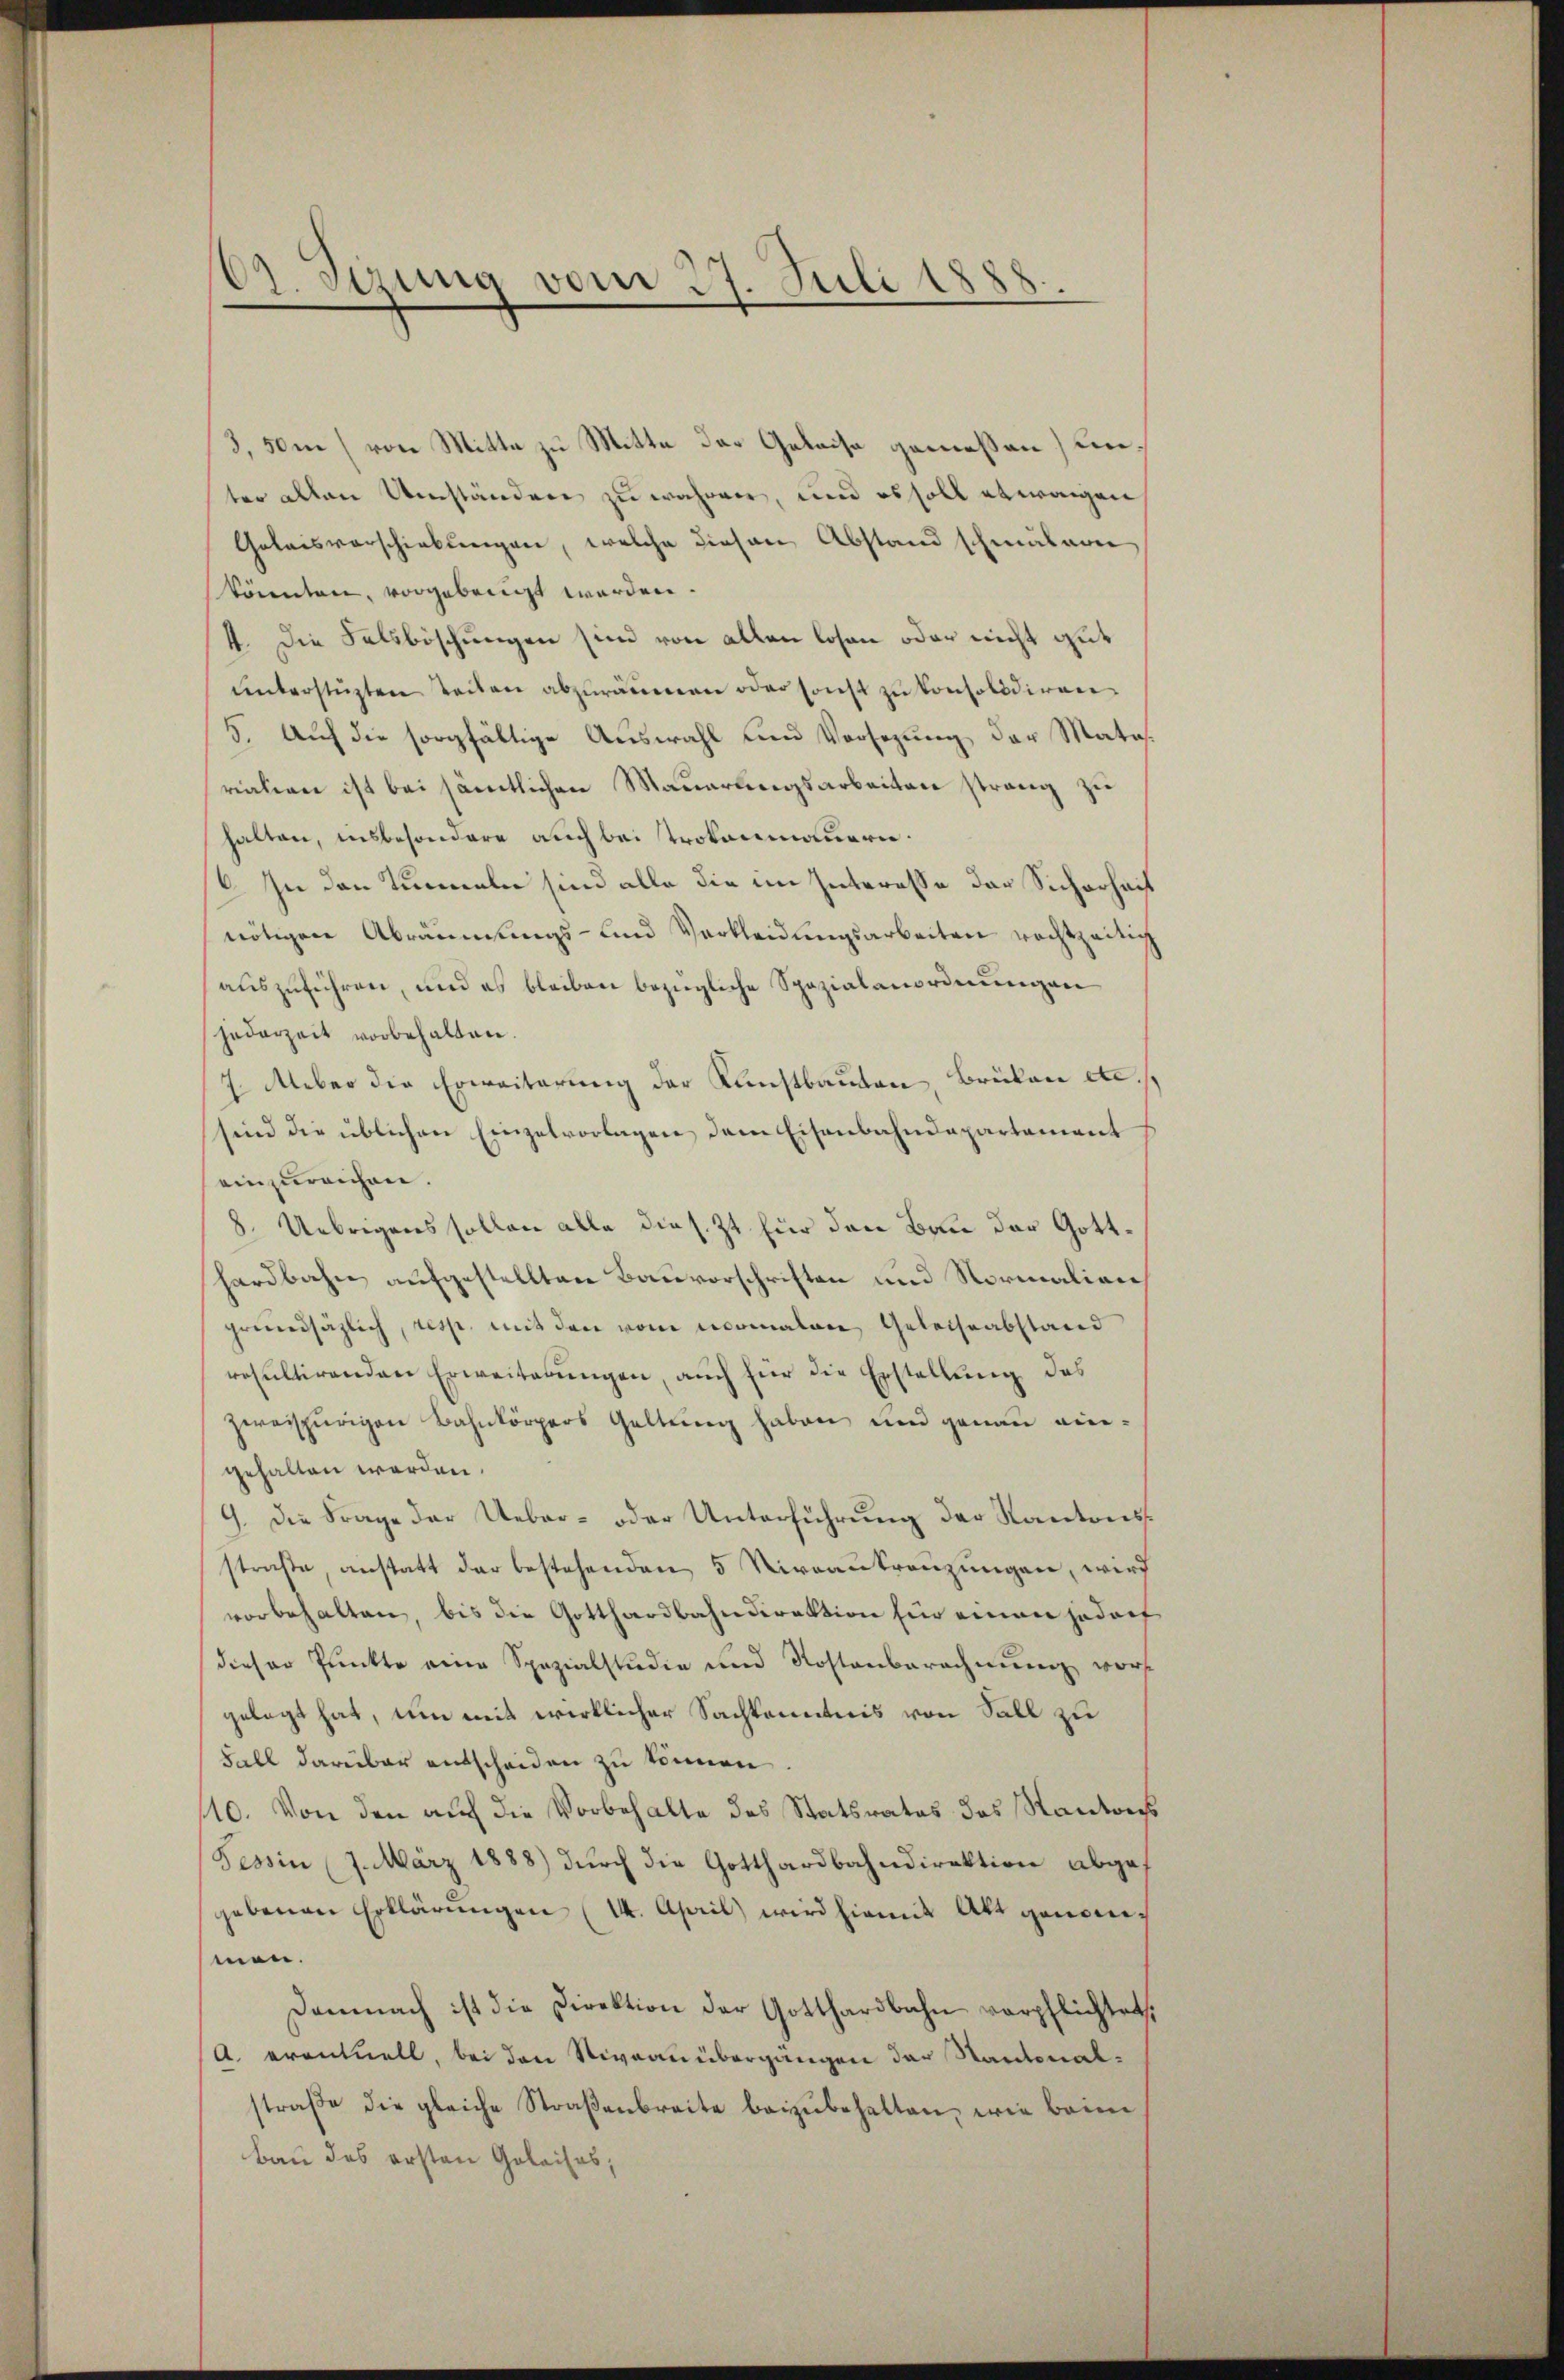
02. Sizung vom 27. Juli 1888.

3,50m (von Mitte zu Mitte der Geleise gemeßen) unter allen Umständen zu währen, und es soll etwaigen
Geleisverschickungen, welche diesen Abstand schmälern
könnten, vorgebringt werden.
4. Die Felsböschungen sind von allen losen oder nicht gut
ŭnterstützten Teilen abzuräumen oder sonst zu konsolidiren
5. Auf die sorgfältige Auswahl und Vorsezung der Materation ist bei sämtlichen Mauerungsarbeiten strang zu
halten, insbesondere auch bei trokonmauern.
/6. In den Tunneln sind alle die im Interesse der Sicherheit
nötigen Abräumungs- und Verkleidungsarbeiten rechtzeitig
auszuführen, und es bleiben bezügliche Spezialanordnungen
jederzeit vorbehalten.
7. Ueber die Erweiterung der Kunstbauten, Brüken etc.
sind die üblichen Einzelvorlagen dem Eisenbahndepartement
einzureichen.
8. Uebrigens sollen alle dies. Zt. für den Bau der Gotthardbahn aufgestellten Bauvorschriften und Normalien
grundsätzlich, resp. mit den vom comalen Geleissabstand
resultirenden Erweiterungen, auch für die Erstellung des
zweispurigen Bahnkörpers Geltung haben und genau eingehalten werden.
9. Die Frage der Ueber- oder Unterführung der Kantonsstraße, anstatt der bestehenden 5 Niveaukreuzungen, wird
vorbehalten, bis die Gotthardbahndirektion fin einen jedoch
dieser Punkte eine Spezialstudia und Kostenberechnung vors
gelegt hat, um mit wirklicher Sachkenntnis von Soll zu
Fall darüber entscheiden zu können
10. Von den auf die Vorbehalte des Statsrates des Kantons
Tessin (7. März 1888) durch die Gotthardbahndirektion abgegebenen Erklärŭngen (14. April wird hiemit Akt genommen.
Demnach ist die Direktion der Gotthardbahn verpflichtet,
A. eventuell, bei den Niveau übergangen der Kantonal-
straβe die gleiche Straβenbreite beizŭbehalten, wie beim
Bau des ersten Geleises;